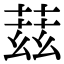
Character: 𬝘